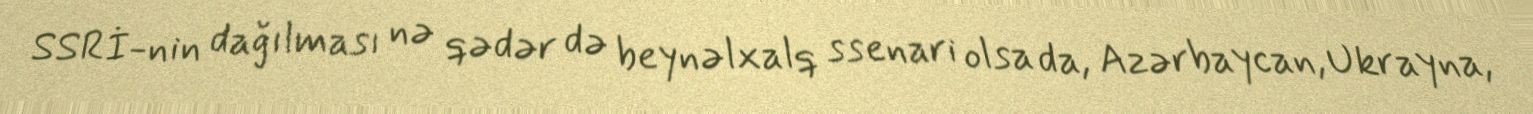
SSRİ-nin dağılması nə qədər də beynəlxalq ssenari olsa da, Azərbaycan, Ukrayna,